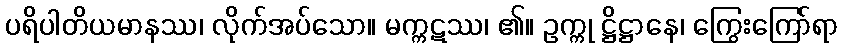
ပရိပါတိယမာနဿ၊ လိုက်အပ်သော။ မက္ကဋဿ၊ ၏။ ဥက္ကု ဋ္ဌိဋ္ဌာနေ၊ ကြွေးကြော်ရာ